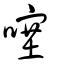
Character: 噻